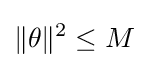
\|\theta \|^{2}\leq M\,\!